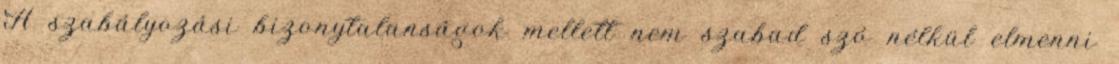
A szabályozási bizonytalanságok mellett nem szabad szó nélkül elmenni